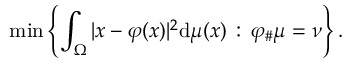
\operatorname* { m i n } \left\{ \int _ { \Omega } | x - \varphi ( x ) | ^ { 2 } \mathrm { d } \mu ( x ) \, : \, \varphi _ { \# } \mu = \nu \right\} .